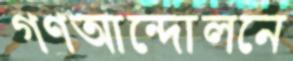
গণআন্দোলনে